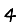
Digit: 4